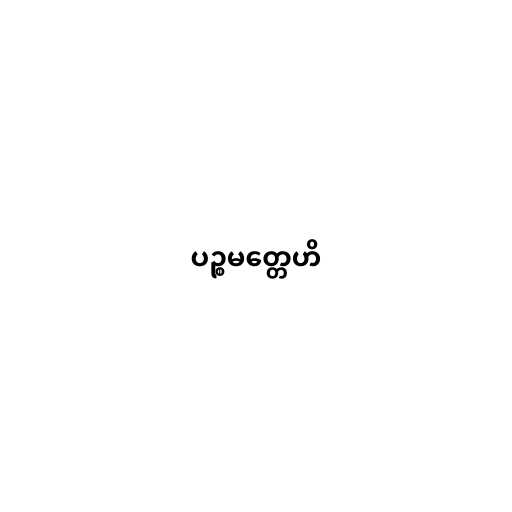
ပဉ္စမတ္တေဟိ